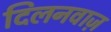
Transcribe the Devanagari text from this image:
दिलनवाज़